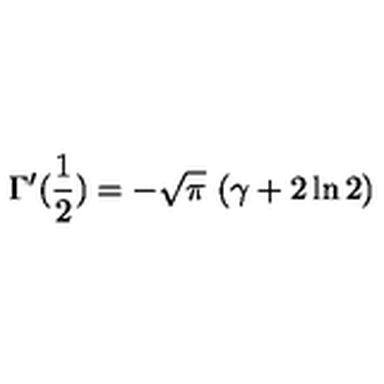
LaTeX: \Gamma ^ { \prime } ( { \frac { 1 } { 2 } } ) = - \sqrt { \pi } \ ( \gamma + 2 \ln 2 )